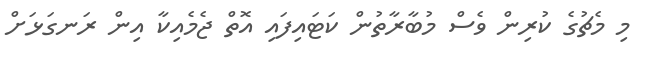
މި މެޗުގެ ކުރިން ވެސް މުބާރާތުން ކަޓައިފައި އޮތް ޖެމެއިކާ އިން ރަނގަޅަށް